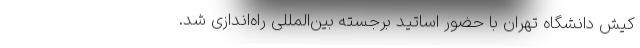
کیش دانشگاه تهران با حضور اساتید برجسته بین‌المللی راه‌اندازی شد.